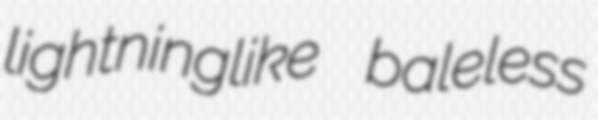
lightninglike baleless